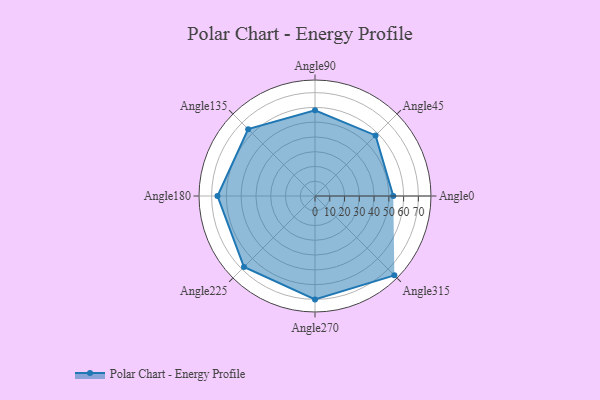
{"axis": {"x": "Angle", "y": "Radius"}, "legend": [""], "data": [{"x": "Angle0", "y": 53.0, "type": ""}, {"x": "Angle45", "y": 58.0, "type": ""}, {"x": "Angle90", "y": 58.0, "type": ""}, {"x": "Angle135", "y": 64.0, "type": ""}, {"x": "Angle180", "y": 66.0, "type": ""}, {"x": "Angle225", "y": 68.0, "type": ""}, {"x": "Angle270", "y": 70.0, "type": ""}, {"x": "Angle315", "y": 76.0, "type": ""}]}